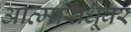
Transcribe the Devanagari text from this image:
आत्मसिंधूवर